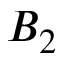
B _ { 2 }